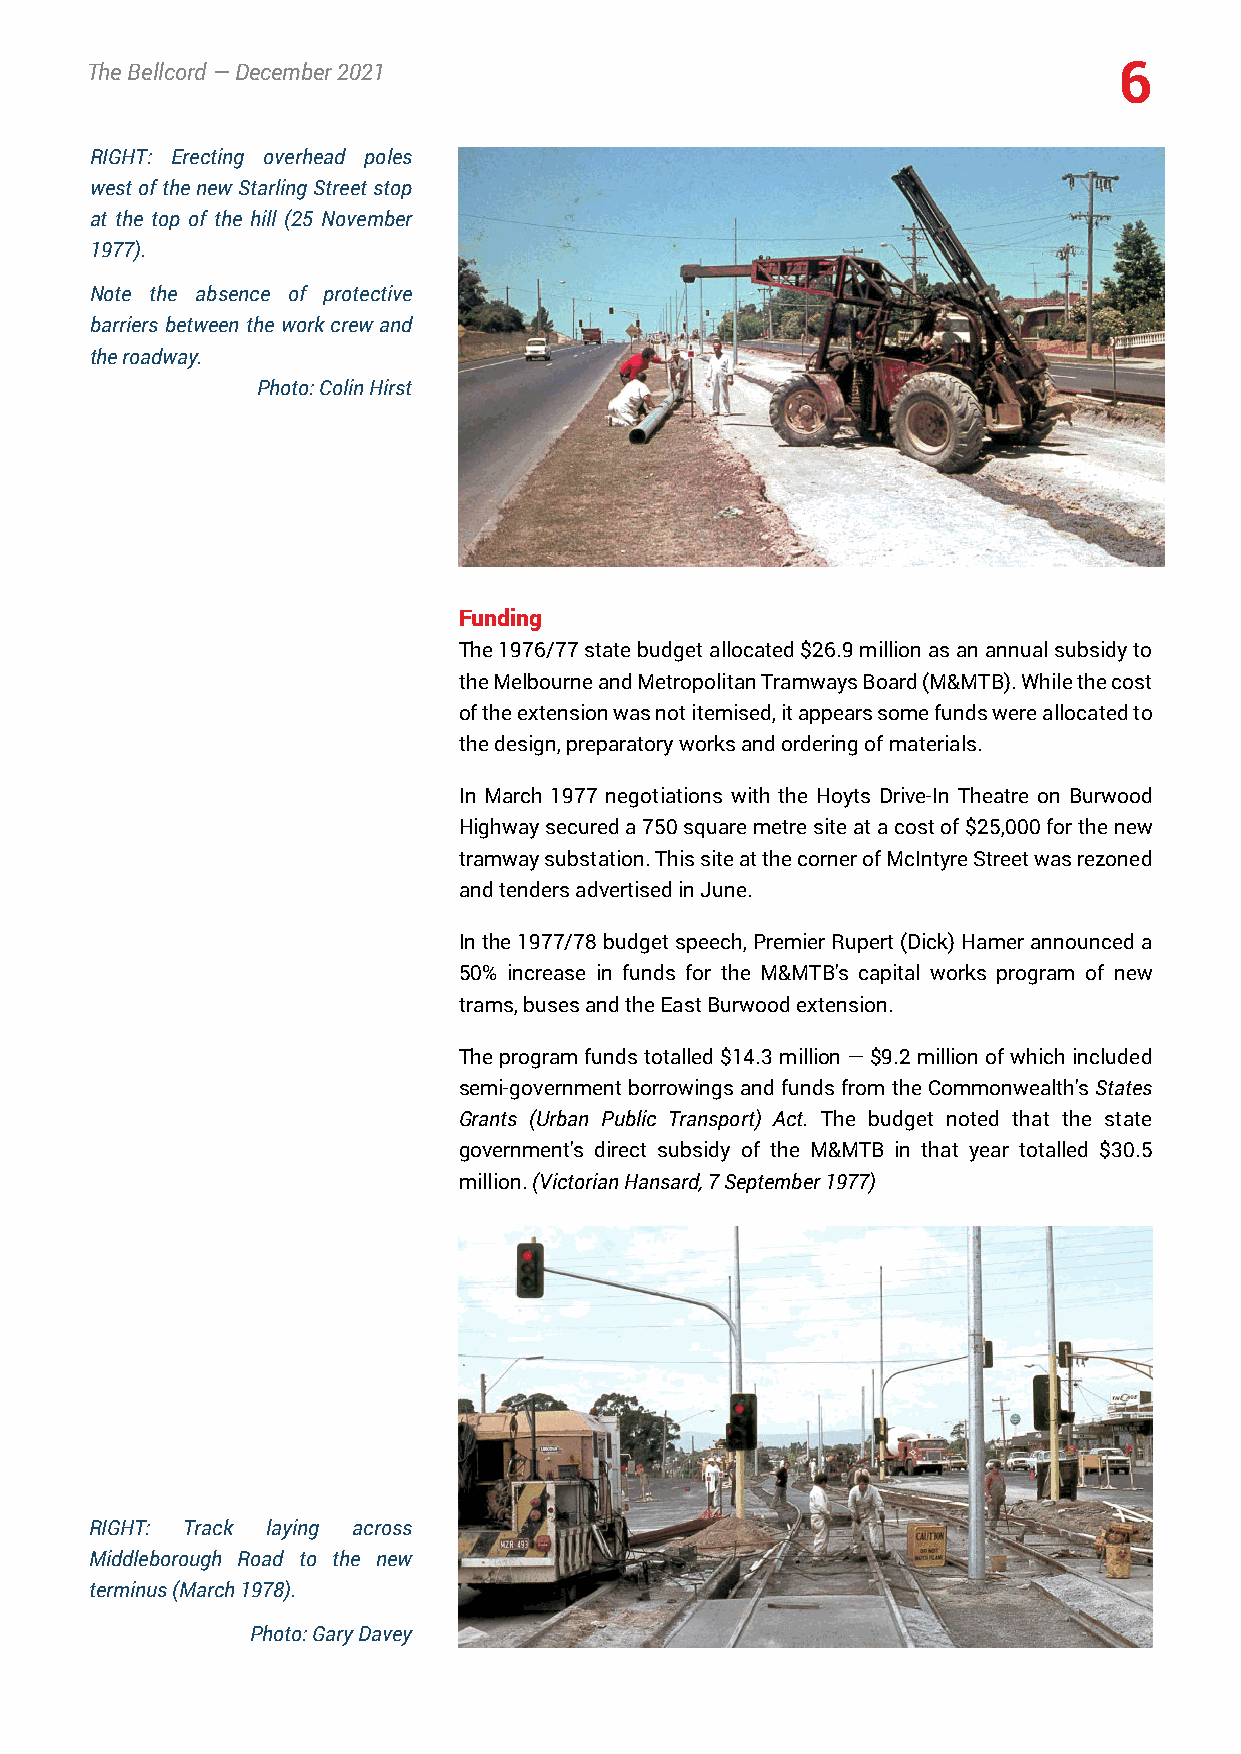
TheBellcord—December2021                                            6
 RIGHT: Erecting overhead poles
 westofthenewStarlingStreetstop
 at the top of the hill (25 November
 1977).
 Note the absence of protective
 barriers between the work crew and
 theroadway.
 Photo:ColinHirst
 Funding
 The1976/77statebudgetallocated$26.9millionasanannualsubsidyto
 theMelbourneandMetropolitanTramwaysBoard(M&MTB).Whilethecost
 oftheextensionwasnotitemised,itappearssomefundswereallocatedto
 thedesign,preparatoryworksandorderingofmaterials.
 In March 1977 negotiations with the Hoyts Drive-In Theatre on Burwood
 Highwaysecureda750squaremetresiteatacostof$25,000forthenew
 tramwaysubstation.ThissiteatthecornerofMcIntyreStreetwasrezoned
 andtendersadvertisedinJune.
 Inthe1977/78budgetspeech,PremierRupert(Dick)Hamerannounceda
 50% increase in funds for the M&MTB's capital works program of new
 trams,busesandtheEastBurwoodextension.
 Theprogramfundstotalled$14.3million—$9.2millionofwhichincluded
 semi-governmentborrowingsandfundsfromtheCommonwealth'sStates
 Grants (Urban Public Transport) Act. The budget noted that the state
 government's direct subsidy of the M&MTB in that year totalled $30.5
 million.(VictorianHansard,7September1977)
 RIGHT: Track laying across
 Middleborough Road to the new
 terminus(March1978).
 Photo:GaryDavey